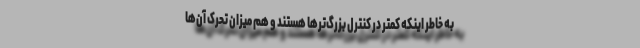
به خاطر اینکه کمتر در کنترل بزرگ‌ترها هستند و هم میزان تحرک آن‌ها